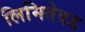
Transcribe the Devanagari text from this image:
लिमितेदड